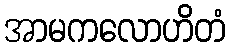
အာမကလောဟိတံ